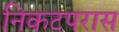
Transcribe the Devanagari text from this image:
निकटपरास